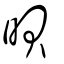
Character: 𣇜